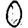
Digit: 0